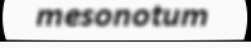
mesonotum